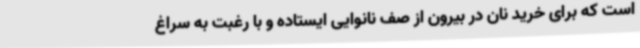
است که برای خرید نان در بیرون از صف نانوایی ایستاده و با رغبت به سراغ